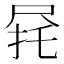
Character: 𫵟